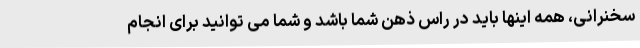
سخنرانی، همه اینها باید در راس ذهن شما باشد و شما می توانید برای انجام